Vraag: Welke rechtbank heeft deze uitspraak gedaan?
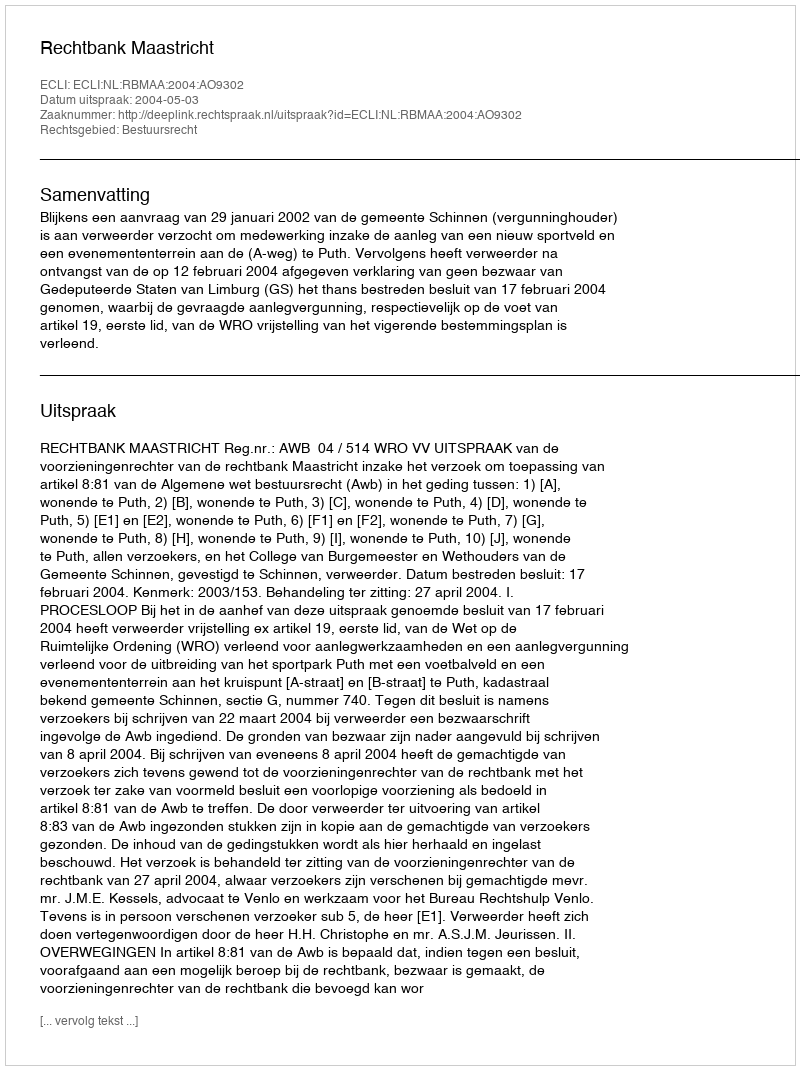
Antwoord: Rechtbank Maastricht